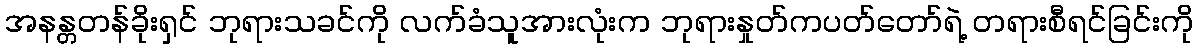
အနန္တတန်ခိုးရှင် ဘုရားသခင်ကို လက်ခံသူအားလုံးက ဘုရားနှုတ်ကပတ်တော်ရဲ့ တရားစီရင်ခြင်းကို